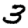
Digit: 3